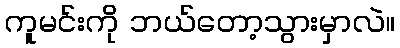
ကူမင်းကို ဘယ်တော့သွားမှာလဲ။